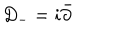
D _ { - } = i \bar { \partial }